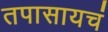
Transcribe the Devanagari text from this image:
तपासायचं